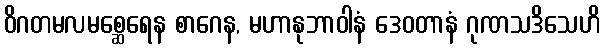
ဝိဂတမလမစ္ဆေရေန စာဂေန, မဟာနုဘာဝါနံ ဒေဝတာနံ ဂုဏသဒိသေဟိ